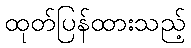
ထုတ်ပြန်ထားသည့်